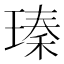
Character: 瑧